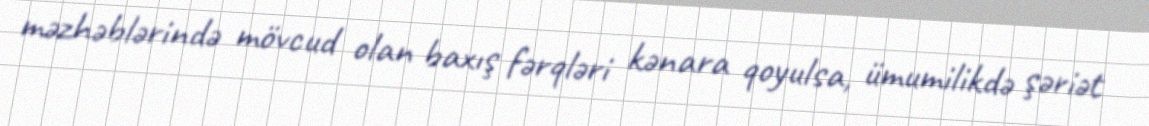
məzhəblərində mövcud olan baxış fərqləri kənara qoyulsa, ümumilikdə şəriət